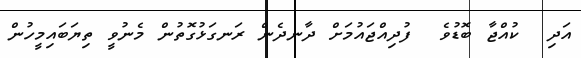
އަދި  ކުއްޖާ ބޮޑުވެ  ފުދިއްޖައުމަށް ދާނދެން ރަނގަޅުގޮތުން މެނުވީ ތިޔަބައިމީހުން